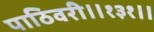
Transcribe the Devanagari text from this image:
पाठिवरी॥१३१॥